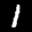
Label: 1